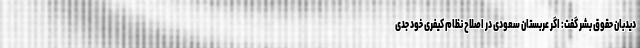
دیدبان حقوق‌ بشر گفت: اگر عربستان سعودی در اصلاح نظام کیفری خود جدی